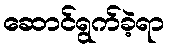
ဆောင်ရွက်ခဲ့ရာ